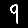
Digit: 9